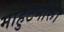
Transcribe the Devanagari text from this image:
माहुटनीरू।